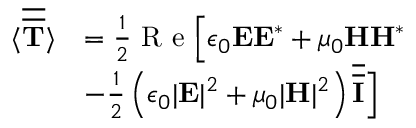
\begin{array} { r l } { \langle \overline { { \overline { { \mathbf { T } } } } } \rangle } & { = \frac { 1 } { 2 } \textrm { R e } \Bigr [ \epsilon _ { 0 } \mathbf { E } \mathbf { E } ^ { * } + \mu _ { 0 } \mathbf { H } \mathbf { H } ^ { * } } \\ { \qquad } & { - \frac { 1 } { 2 } \left( \epsilon _ { 0 } | \mathbf { E } | ^ { 2 } + \mu _ { 0 } | \mathbf { H } | ^ { 2 } \right) \overline { { \overline { { \mathbf { I } } } } } \Bigr ] } \end{array}